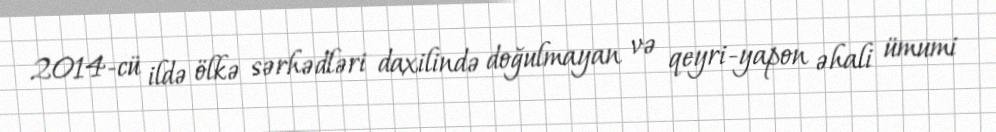
2014-cü ildə ölkə sərhədləri daxilində doğulmayan və qeyri-yapon əhali ümumi